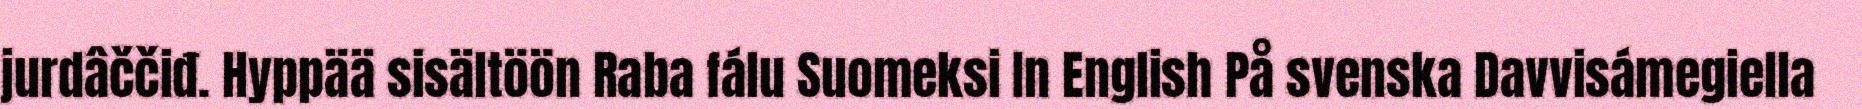
jurdâččiđ. Hyppää sisältöön Raba fálu Suomeksi In English På svenska Davvisámegiella